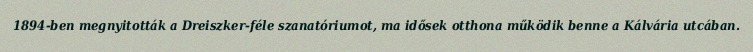
1894-ben megnyitották a Dreiszker-féle szanatóriumot, ma idősek otthona működik benne a Kálvária utcában.